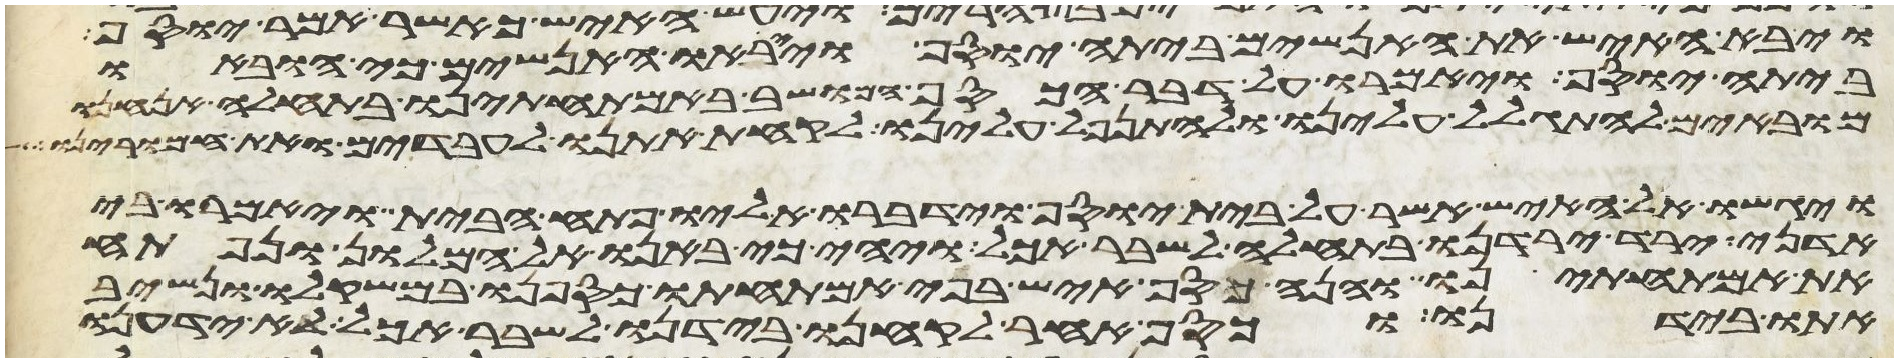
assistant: ויבא האיש את האנשים ביתה יוסף וייראו האנשים כי הובאו
ביתה יוסף ויאמרו על דבר הכסף המושב באמתחתינו בתחלה אנחנו
מובאים להתגלל עלינו ולהתנפל עלינו לקחת אתנו לעבדים ואת חמרינו
ויגשו אל האיש אשר על בית יוסף וידברו אליו פתח הבית ויאמרו בי
אדני ירד ירדנו בתחלה לשבר אכל ויהי כי באנו אל המלון ונפתח
את אמתחתינו והנה כסף איש בפי אמתחתו כספנו במשקלו ונשיב
אתו בידנו וכסף אחר לקחנו בידנו לשבר אכל לא ידענו